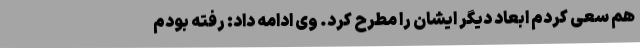
هم سعی کردم ابعاد دیگر ایشان را مطرح کرد. وی ادامه داد: رفته بودم